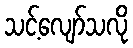
သင့်လျော်သလို